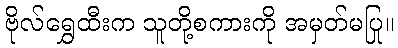
ဗိုလ်ရွှေထီးက သူတို့စကားကို အမှတ်မပြု။